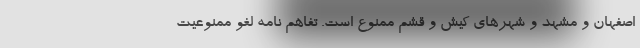
اصفهان و مشهد و شهرهای کیش و قشم ممنوع است. تفاهم نامه لغو ممنوعیت